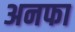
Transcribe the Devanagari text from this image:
अनफा